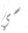
سي